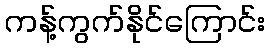
ကန့်ကွက်နိုင်ကြောင်း